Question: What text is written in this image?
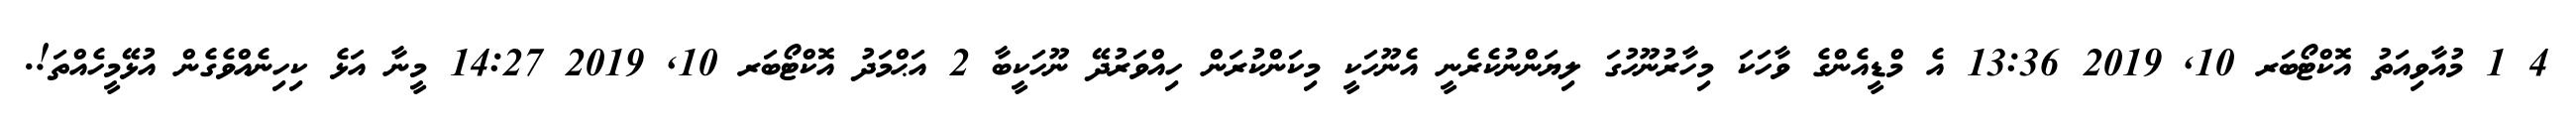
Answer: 4 1 މުއާވިއަތު އޮކްޓޯބަރ 10, 2019 13:36 އެ މްޑީއެންގެ ވާހަކަ މިހާރުނޫހުގަ ލިޔަންނުކެރެނީ އެނޫހަކީ މިކަންކުރަން ހިއްވަރުދޭ ނޫހަކީބާ 2 އަޙްމަދު އޮކްޓޯބަރ 10, 2019 14:27 މީނާ އަޅެ ކިހިނެއްވެގެން އުޅޭމީހެއްތަ!.